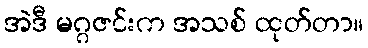
အဲဒီ မဂ္ဂဇင်းက အသစ် ထုတ်တာ။